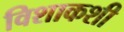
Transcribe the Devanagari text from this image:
विशाकशी